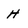
Character: H